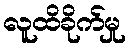
လူထိခိုက်မှု